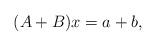
LaTeX: \begin{align*} (A+B)x=a+b, \end{align*}